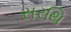
સરથિ